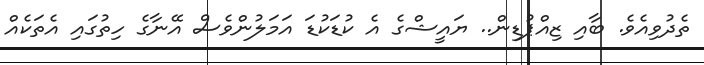
ތެދުވިއެވެ. ބާއި ޒިއްޕުޑިން.. ޔައީޝްގެ އެ ކުޑަކުޑަ އަމަލުންވެސް އޭނާގެ ހިތުގައި އެތަކެއް